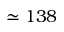
\simeq 1 3 8